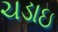
ચડાઇ